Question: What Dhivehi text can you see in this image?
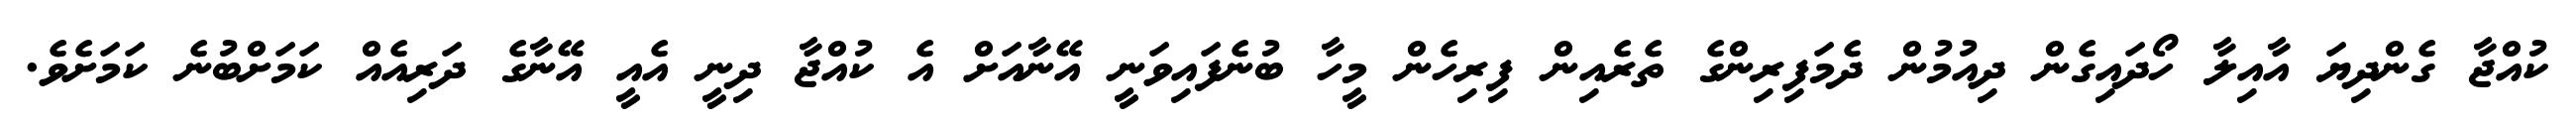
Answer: ކުއްޖާ ގެންދިޔަ އާއިލާ ހޯދައިގެން ދިއުމުން ދެމަފިރިންގެ ތެރެއިން ފިރިހެން މީހާ ބުނެފައިވަނީ އޭނާއަށް އެ ކުއްޖާ ދިނީ އެއީ އޭނާގެ ދަރިއެއް ކަމަށްބުނެ ކަމަށެވެ.